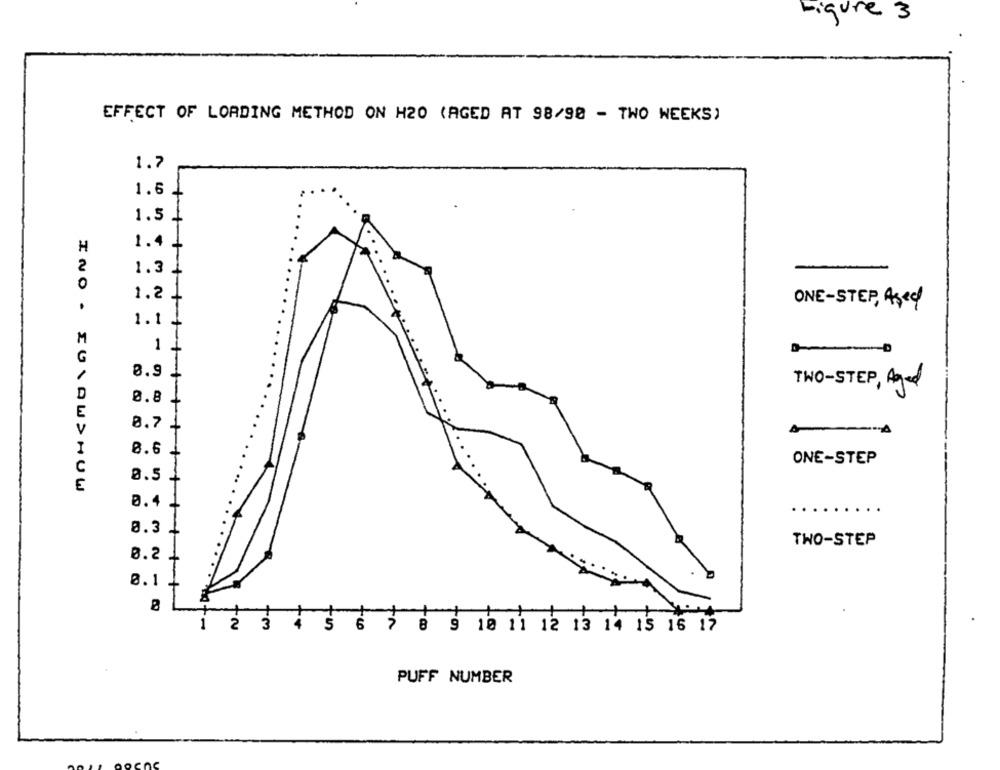
Figure 3
EFFECT OF LORDING METHOD ON H20 (AGED AT 98/90 - TWO WEEKS)
1.7
1.6 +
1
1.5
1
1.4
+
H
2
1.3 4
0
1.2
ONE-STEP, 43ed
1.1.
M
1
-D
G
8.9
+++
TWO-STEP, Aged
D
0.8
E
8.7
V
8.6
ONE-STEP
0.5
0.4
0.3
TWO-STEP
0.2
0.1
1
2 3
3 0 9 10 11 12 13 14 15 16 17
PUFF NUMBER